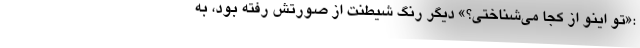
:«تو اینو از کجا می‌شناختی؟» دیگر رنگ شیطنت از صورتش رفته بود، به